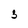
Character: 3